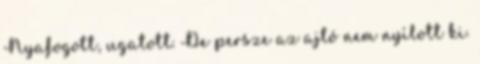
Nyafogott, ugatott. De persze az ajtó nem nyílott ki.